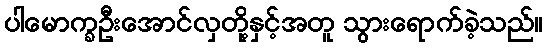
ပါမောက္ခဦးအောင်လှတို့နှင့်အတူ သွားရောက်ခဲ့သည်။